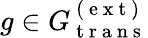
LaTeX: g\in G_{\mathrm{~t~r~a~n~s~}}^{\mathrm{~(~e~x~t~)~}}